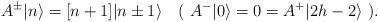
LaTeX: \begin{align*}A^{\pm}\vert n\rangle =[n+1]\vert n\pm 1\rangle\ \ \ (\ A^-\vert 0\rangle = 0 =A^+\vert 2h-2\rangle \ ).\end{align*}